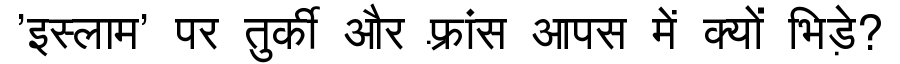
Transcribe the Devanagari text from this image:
'इस्लाम' पर तुर्की और फ़्रांस आपस में क्यों भिड़े?